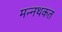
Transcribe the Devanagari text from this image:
मन्नथकत